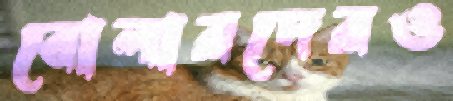
বোলারদেরও